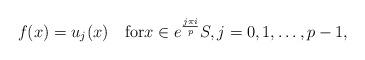
LaTeX: \begin{gather*}f(x)=u_j(x)\quad\textrm{for}x\in e^\frac{j\pi i}{p}S,j=0,1,\dots,p-1,\end{gather*}